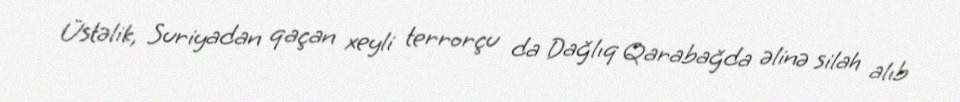
Üstəlik, Suriyadan qaçan xeyli terrorçu da Dağlıq Qarabağda əlinə silah alıb